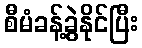
စီမံခန့်ခွဲနိုင်ပြီး